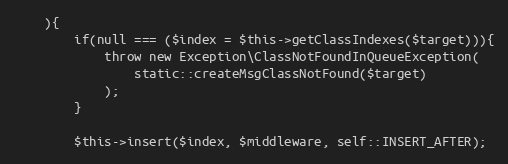
Language: PHP
    ){
        if(null === ($index = $this->getClassIndexes($target))){
            throw new Exception\ClassNotFoundInQueueException(
                static::createMsgClassNotFound($target)
            );
        }

        $this->insert($index, $middleware, self::INSERT_AFTER);